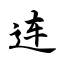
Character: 连